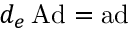
d _ { e } \operatorname { A d } = \operatorname { a d }